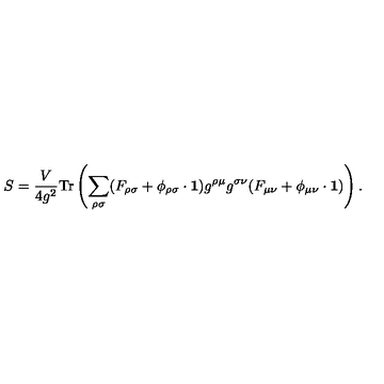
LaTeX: S = \frac { V } { 4 g ^ { 2 } } \mathrm { T r } \left( \sum _ { \rho \sigma } ( F _ { \rho \sigma } + \phi _ { \rho \sigma } \cdot { \bf 1 } ) g ^ { \rho \mu } g ^ { \sigma \nu } ( F _ { \mu \nu } + \phi _ { \mu \nu } \cdot { \bf 1 } ) \right) .